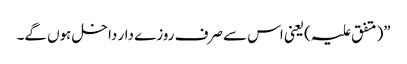
”(متفق علیہ)یعنی اس سے صرف روزے دار داخل ہوں گے۔